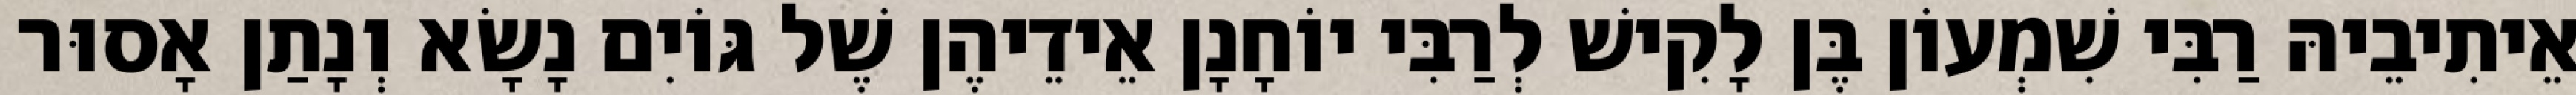
אֵיתִיבֵיהּ רַבִּי שִׁמְעוֹן בֶּן לָקִישׁ לְרַבִּי יוֹחָנָן אֵידֵיהֶן שֶׁל גּוֹיִם נָשָׂא וְנָתַן אָסוּר